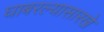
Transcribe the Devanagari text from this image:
घाबरल्यासारखे